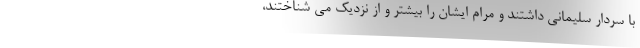
با سردار سلیمانی داشتند و مرام ایشان را بیشتر و از نزدیک می شناختند،